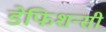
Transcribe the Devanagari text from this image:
डेफिशन्सी